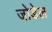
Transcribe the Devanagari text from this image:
जोडेल